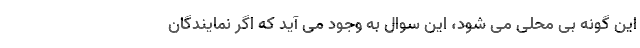
این گونه بی محلی می شود، این سوال به وجود می آید که اگر نمایندگان